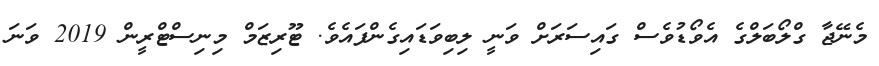
މެނޭޖާ ގްލޯބަލްގެ އެވޯޑުވެސް ގައިސަރަށް ވަނީ ލިބިވަޑައިގެންފައެވެ. ޓޫރިޒަމް މިނިސްޓްރީން 2019 ވަނަ